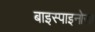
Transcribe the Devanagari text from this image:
बाइस्पाइनोसा